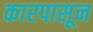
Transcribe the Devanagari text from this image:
कारपासून